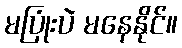
မပြုံးပဲ မနေနိုင်။